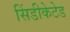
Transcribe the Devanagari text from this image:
सिंडीकेटेड